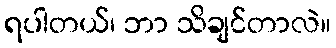
ရပါတယ်၊ ဘာ သိချင်တာလဲ။